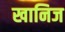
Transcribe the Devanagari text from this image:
खानिज